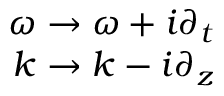
\begin{array} { r } { \omega \rightarrow \omega + i \partial _ { t } } \\ { k \rightarrow k - i \partial _ { z } } \end{array}